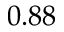
0 . 8 8